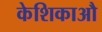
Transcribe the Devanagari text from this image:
केशिकाऔ